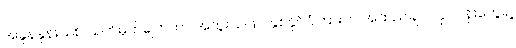
အခွန်နှုန်းသစ် သတ်မှတ်ချက်ဟာ အထူးသဖြင့် နှစ်နိုင်ငံကြားက အထည်ချုပ်လုပ်ငန်းတွေရဲ့